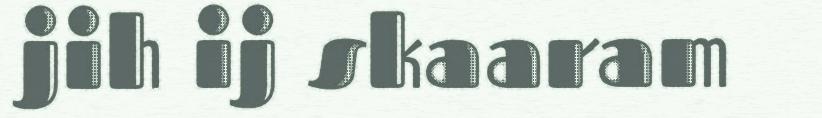
jih ij skaaram